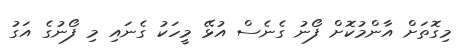
މިގޮތަށް އާންމުކޮށް ފޯނު ގެނެސް އުޅޭ މީހަކު ގެނައި މި ފޯނުގެ އަގު